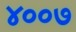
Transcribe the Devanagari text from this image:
४००७